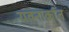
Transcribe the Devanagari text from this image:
यवनाक्रांत